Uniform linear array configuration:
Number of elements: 48
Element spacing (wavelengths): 0.5
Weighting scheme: binomial
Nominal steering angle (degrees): -60
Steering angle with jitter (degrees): -60.476
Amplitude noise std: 0.05
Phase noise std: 0.05

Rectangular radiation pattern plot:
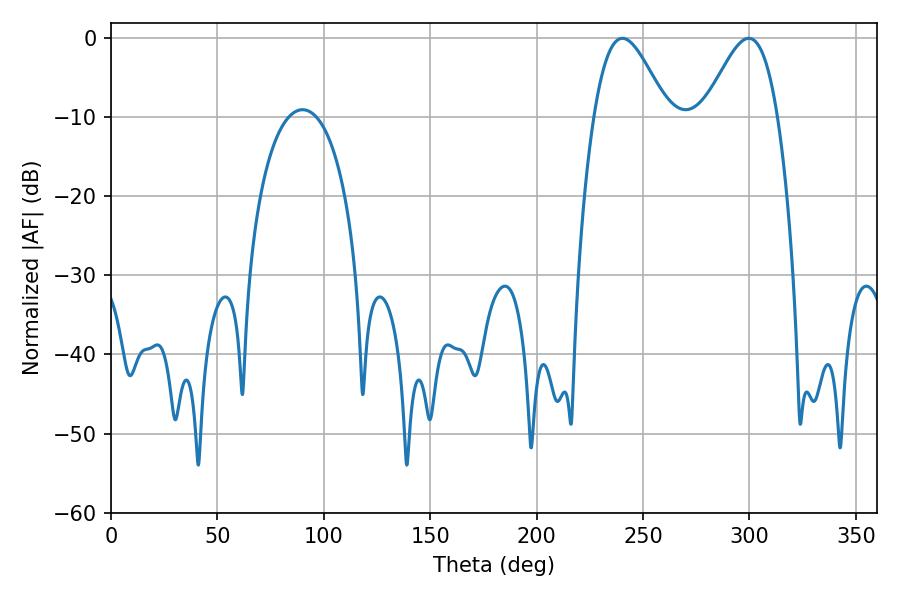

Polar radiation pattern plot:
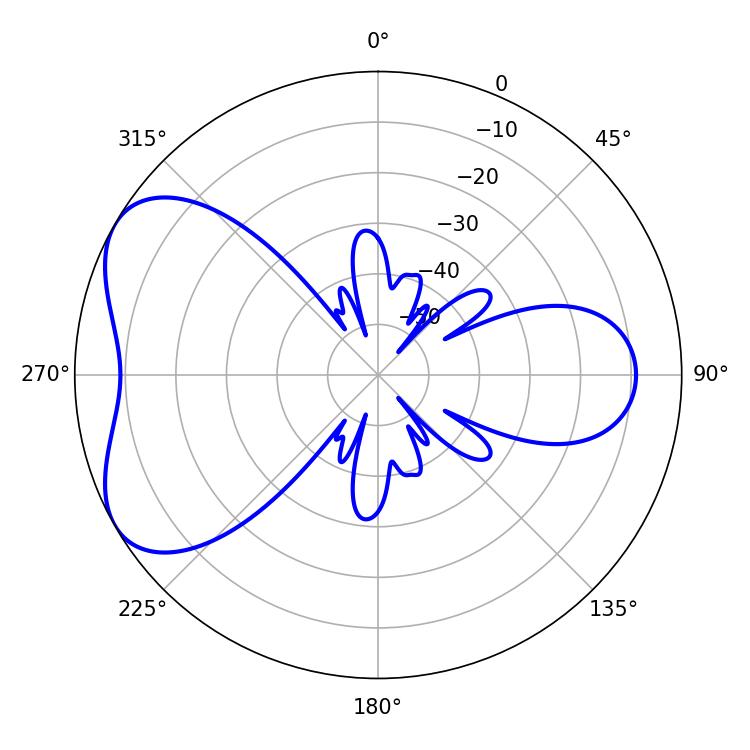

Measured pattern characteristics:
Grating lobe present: FALSE
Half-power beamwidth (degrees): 18.54
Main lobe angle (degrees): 240.3